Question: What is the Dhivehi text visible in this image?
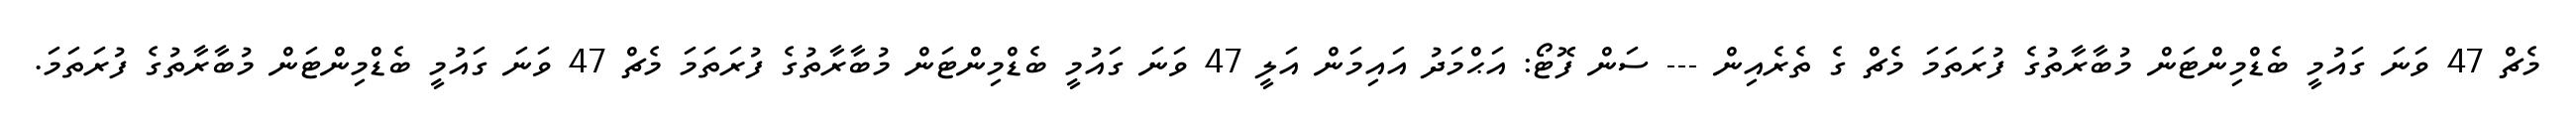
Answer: މެޗް 47 ވަނަ ގައުމީ ބެޑްމިންޓަން މުބާރާތުގެ ފުރަތަމަ މެޗް ގެ ތެރެއިން --- ސަން ފޮޓޯ: އަޙްމަދު އައިމަން އަލީ 47 ވަނަ ގައުމީ ބެޑްމިންޓަން މުބާރާތުގެ ފުރަތަމަ މެޗް 47 ވަނަ ގައުމީ ބެޑްމިންޓަން މުބާރާތުގެ ފުރަތަމަ.